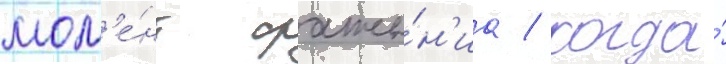
мом'е́нт сраже́н'иа / когда́